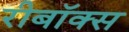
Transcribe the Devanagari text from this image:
रीबॉक्स